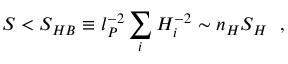
S < S _ { H B } \equiv l _ { P } ^ { - 2 } \sum _ { i } H _ { i } ^ { - 2 } \sim n _ { H } S _ { H } ~ ~ ,